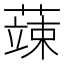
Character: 𮑕